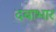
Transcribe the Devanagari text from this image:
दबाभार